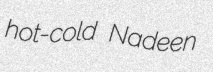
hot-cold Nadeen